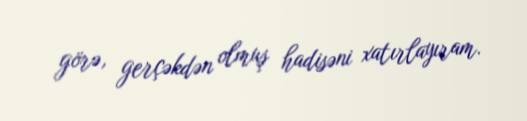
görə, gerçəkdən olmuş hadisəni xatırlayıram.